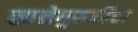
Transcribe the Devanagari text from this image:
सानेगुरुजींचा